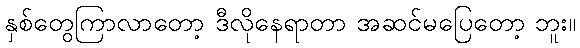
နှစ်တွေကြာလာတော့ ဒီလိုနေရာတာ အဆင်မပြေတော့ ဘူး။